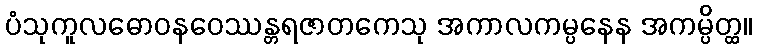
ပံသုကူလဓောဝနဝေဿန္တရဇာတကေသု အကာလကမ္ပနေန အကမ္ပိတ္ထ။